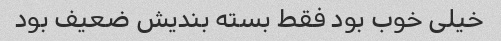
خیلی خوب بود فقط بسته بندیش ضعیف بود